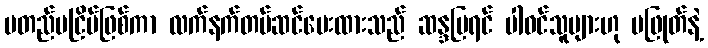
မတည်မငြိမ်ဖြစ်ကာ လက်နက်တပ်ဆင်ပေးထားသည် ဆန္ဒပြရင် ပါဝင်သူများဟု မဖြုတ်နဲ့